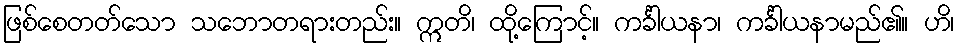
ဖြစ်စေတတ်သော သဘောတရားတည်း။ ဣတိ၊ ထို့ကြောင့်။ ကင်္ခါယနာ၊ ကင်္ခါယနာမည်၏။ ဟိ၊